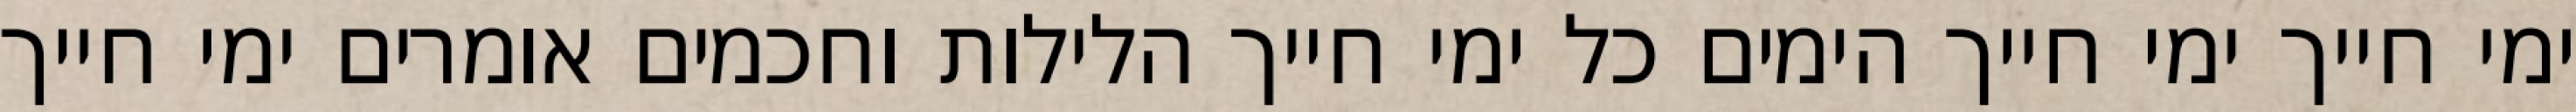
ימי חייך ימי חייך הימים כל ימי חייך הלילות וחכמים אומרים ימי חייך